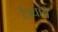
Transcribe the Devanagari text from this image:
टेंब्यांचे